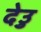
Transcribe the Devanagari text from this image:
देउु